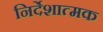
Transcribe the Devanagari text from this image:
निर्देशात्‍मक